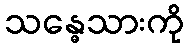
သန္ဓေသားကို